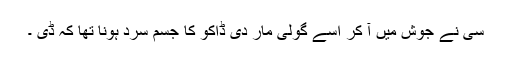
سی نے جوش میں آ کر اسے گولی مار دی ڈاکو کا جسم سرد ہونا تھا کہ ڈی ۔